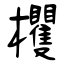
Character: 欔